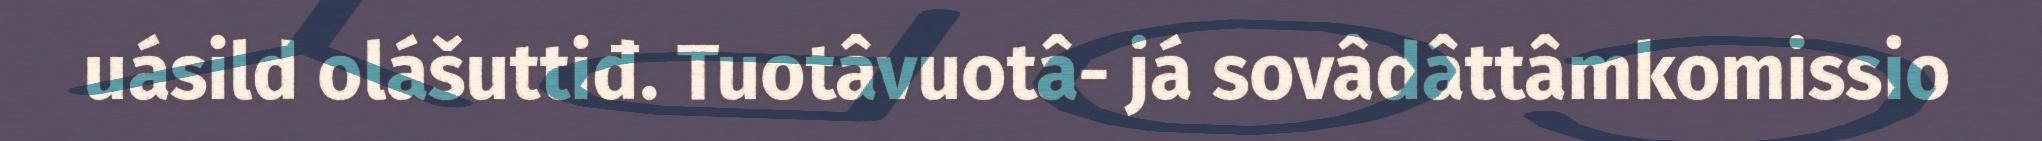
uásild olášuttiđ. Tuotâvuotâ- já sovâdâttâmkomissio